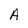
Character: A